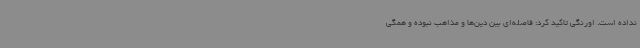
نداده است. اورنگی تاکید کرد: فاصله‌ای بین دین‌ها و مذاهب نبوده و همگی